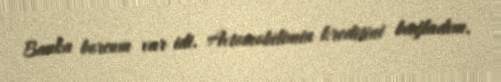
Banka borcum var idi. Avtomobilimin kreditini bağladım.